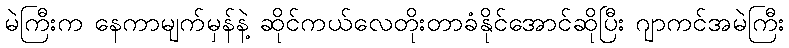
မဲကြီးက နေကာမျက်မှန်နဲ့ ဆိုင်ကယ်လေတိုးတာခံနိုင်အောင်ဆိုပြီး ဂျာကင်အမဲကြီး